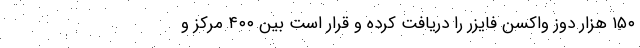
۱۵۰ هزار دوز واکسن فایزر را دریافت کرده و قرار است بین ۴۰۰ مرکز و